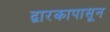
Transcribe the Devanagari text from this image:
द्वारकापासून